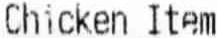
CHICKEN ITEM